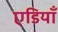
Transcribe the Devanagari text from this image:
एडियाँ